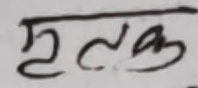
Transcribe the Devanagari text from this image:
मृलक